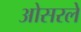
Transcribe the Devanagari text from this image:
ओसरले